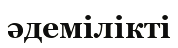
әдемілікті